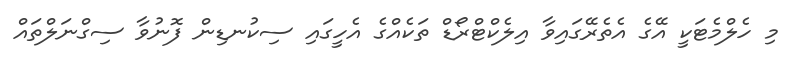
މި ހެލްމެޓަކީ އޭގެ އެތެރޭގައިވާ އިލެކްޓްރޯޑް ތަކެއްގެ އެހީގައި ސިކުނޑިން ފޮނުވާ ސިގްނަލްތައް